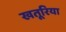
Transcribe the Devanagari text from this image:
खतूरिया